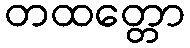
တထတ္တော